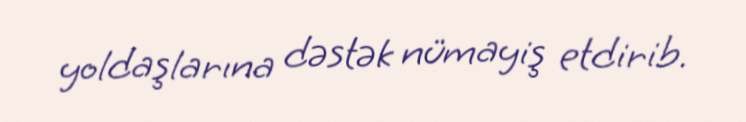
yoldaşlarına dəstək nümayiş etdirib.